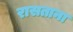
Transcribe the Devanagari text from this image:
रासताना